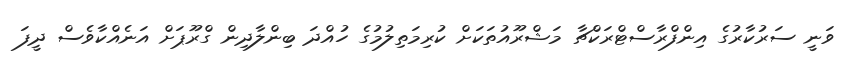
ވަނީ ސަރުކާރުގެ އިންފްރާސްޓްރަކްޗާ މަޝްރޫއުތަކަށް ކުރިމަތިލުމުގެ ހުއްދަ ބިންލާދިން ގްރޫޕަށް އަނެއްކާވެސް ދީފަ